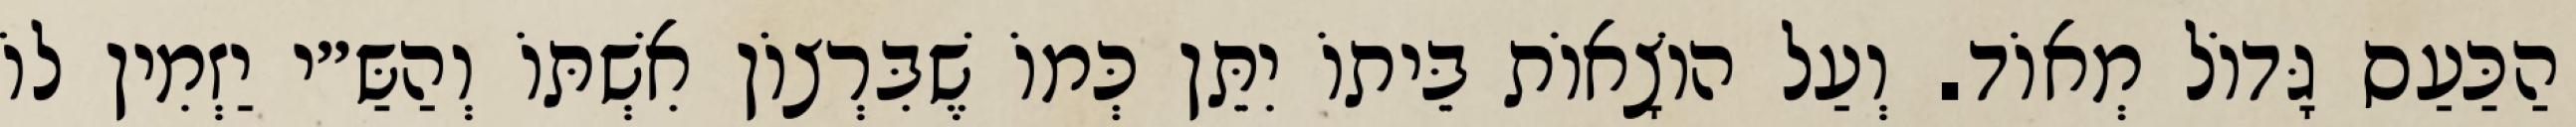
הַכַּעַס גָּדוֹל מְאוֹד. וְעַל הוֹצָאוֹת בֵּיתוֹ יִתֵּן כְּמוֹ שֶׁבִּרְצוֹן אִשְׁתּוֹ וְהַשַּ״י יַזְמִין לוֹ